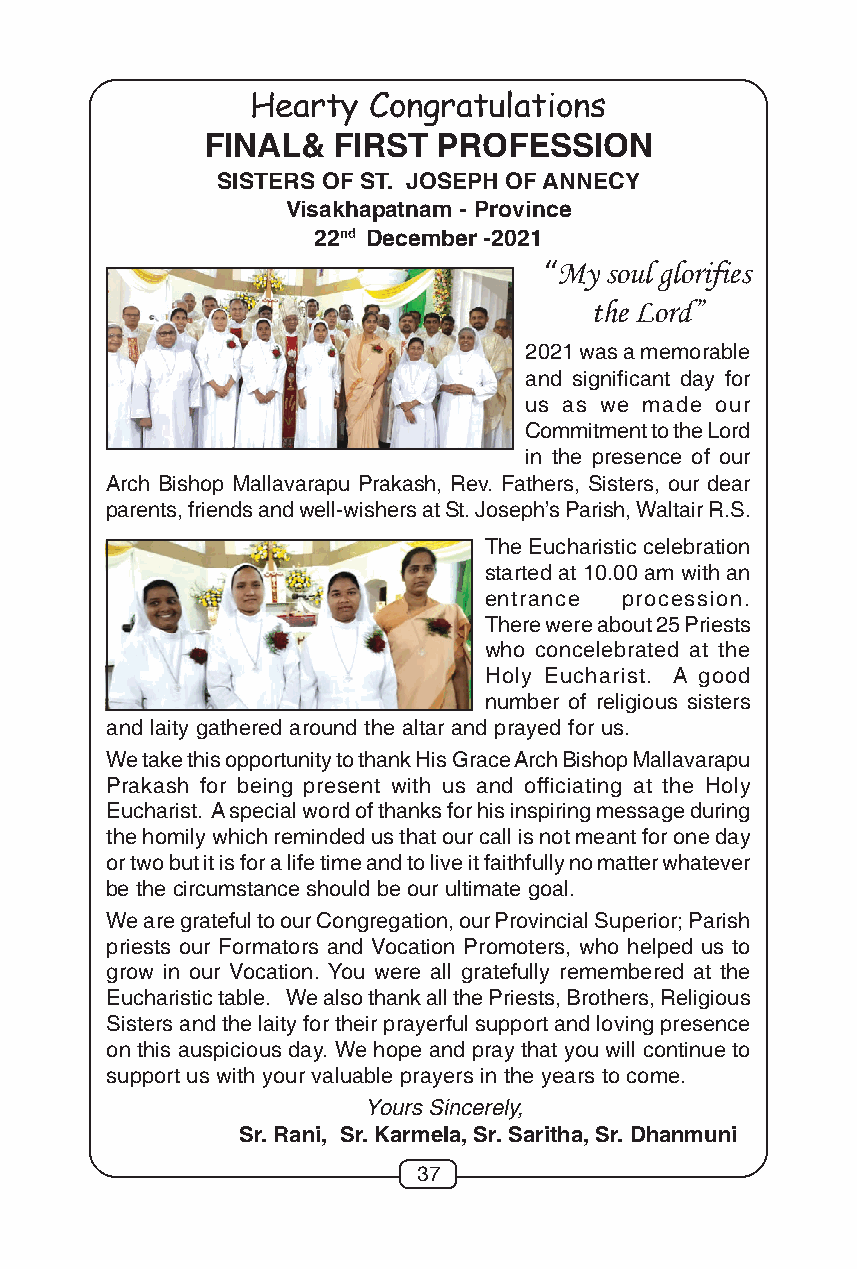
Hearty Congratulations
 FINAL&  FIRST  PROFESSION
 SISTERS OF ST. JOSEPH OF ANNECY
 Visakhapatnam - Province
 22nd December -2021
 “My soul glorifies
 the Lord”
 2021 was a memorable
 and significant day for
 us as we made our
 Commitment to the Lord
 in the presence of our
 Arch Bishop Mallavarapu Prakash, Rev. Fathers, Sisters, our dear
 parents, friends and well-wishers at St. Joseph’s Parish, Waltair R.S.
 The Eucharistic celebration
 started at 10.00 am with an
 entrance procession.
 There were about 25 Priests
 who concelebrated at the
 Holy Eucharist. A good
 number of religious sisters
 and laity gathered around the altar and prayed for us.
 We take this opportunity to thank His Grace Arch Bishop Mallavarapu
 Prakash for being present with us and officiating at the Holy
 Eucharist. A special word of thanks for his inspiring message during
 the homily which reminded us that our call is not meant for one day
 or two but it is for a life time and to live it faithfully no matter whatever
 be the circumstance should be our ultimate goal.
 We are grateful to our Congregation, our Provincial Superior; Parish
 priests our Formators and Vocation Promoters, who helped us to
 grow in our Vocation. You were all gratefully remembered at the
 Eucharistic table. We also thank all the Priests, Brothers, Religious
 Sisters and the laity for their prayerful support and loving presence
 on this auspicious day. We hope and pray that you will continue to
 support us with your valuable prayers in the years to come.
 Yours Sincerely,
 Sr. Rani, Sr. Karmela, Sr. Saritha, Sr. Dhanmuni
 37